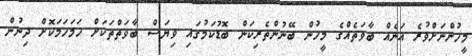
މީހުންނަށްވުރެ އަނެއް ބާވަތެއްގެ މީހުން ބޭނުންތެރިކަން ބޮޑުކަމުގައި ވިޔަސް ބާވަތްތަކަށް ހަމަހަމަކޮށް ދިނުން